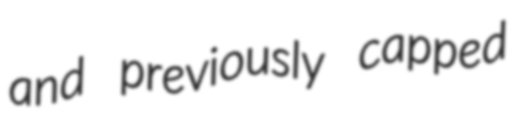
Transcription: and previously capped